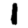
Digit: 1